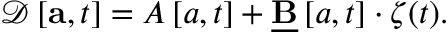
\begin{array} { r } { \begin{array} { r } { \mathcal { D } \left[ \mathbf { a } , t \right] = \boldsymbol { A } \left[ \boldsymbol { a } , t \right] + \underline { { \mathbf { B } } } \left[ \boldsymbol { a } , t \right] \cdot \boldsymbol { \zeta } ( t ) . } \end{array} } \end{array}